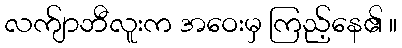
လက်ျာဘီလူးက အဝေးမှ ကြည့်နေ၏ ။